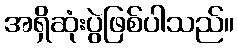
အရှိဆုံးပွဲဖြစ်ပါသည်။